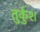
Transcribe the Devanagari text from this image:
तुर्कुश